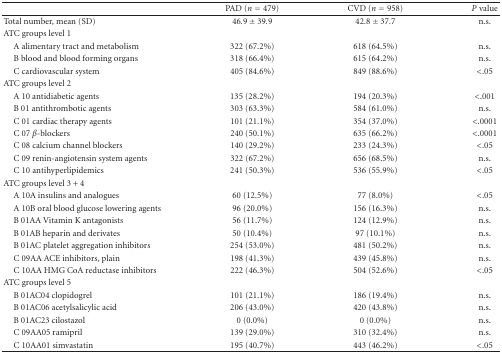
<table><thead><tr><td>[EMPTY_CELL]</td><td><b>PAD (<i>n</i> = 479)</b></td><td><b>CVD (<i>n</i> = 958)</b></td><td><b><i>P</i> value</b></td></tr></thead><tbody><tr><td> Total number, mean (SD)</td><td>46.9 ± 39.9</td><td>42.8 ± 37.7</td><td>n.s.</td></tr><tr><td>ATC groups level 1</td><td>[EMPTY_CELL]</td><td>[EMPTY_CELL]</td><td>[EMPTY_CELL]</td></tr><tr><td> A alimentary tract and metabolism</td><td>322 (67.2%)</td><td>618 (64.5%)</td><td>n.s.</td></tr><tr><td> B blood and blood forming organs</td><td>318 (66.4%)</td><td>615 (64.2%)</td><td>n.s.</td></tr><tr><td> C cardiovascular system</td><td>405 (84.6%)</td><td>849 (88.6%)</td><td>&lt;.05</td></tr><tr><td>ATC groups level 2</td><td>[EMPTY_CELL]</td><td>[EMPTY_CELL]</td><td>[EMPTY_CELL]</td></tr><tr><td> A 10 antidiabetic agents</td><td>135 (28.2%)</td><td>194 (20.3%)</td><td>&lt;.001</td></tr><tr><td> B 01 antithrombotic agents</td><td>303 (63.3%)</td><td>584 (61.0%)</td><td>n.s.</td></tr><tr><td> C 01 cardiac therapy agents</td><td>101 (21.1%)</td><td>354 (37.0%)</td><td>&lt;.0001</td></tr><tr><td> C 07 <i>β</i>-blockers</td><td>240 (50.1%)</td><td>635 (66.2%)</td><td>&lt;.0001</td></tr><tr><td> C 08 calcium channel blockers</td><td>140 (29.2%)</td><td>233 (24.3%)</td><td>&lt;.05</td></tr><tr><td> C 09 renin-angiotensin system agents</td><td>322 (67.2%)</td><td>656 (68.5%)</td><td>n.s.</td></tr><tr><td> C 10 antihyperlipidemics</td><td>241 (50.3%)</td><td>536 (55.9%)</td><td>&lt;.05</td></tr><tr><td>ATC groups level 3 + 4</td><td>[EMPTY_CELL]</td><td>[EMPTY_CELL]</td><td>[EMPTY_CELL]</td></tr><tr><td> A 10A insulins and analogues</td><td>60 (12.5%)</td><td>77 (8.0%)</td><td>&lt;.05</td></tr><tr><td> A 10B oral blood glucose lowering agents</td><td>96 (20.0%)</td><td>156 (16.3%)</td><td>n.s.</td></tr><tr><td> B 01AA Vitamin K antagonists</td><td>56 (11.7%)</td><td>124 (12.9%)</td><td>n.s.</td></tr><tr><td> B 01AB heparin and derivates</td><td>50 (10.4%)</td><td>97 (10.1%)</td><td>n.s.</td></tr><tr><td> B 01AC platelet aggregation inhibitors</td><td>254 (53.0%)</td><td>481 (50.2%)</td><td>n.s.</td></tr><tr><td> C 09AA ACE inhibitors, plain</td><td>198 (41.3%)</td><td>439 (45.8%)</td><td>n.s.</td></tr><tr><td> C 10AA HMG CoA reductase inhibitors</td><td>222 (46.3%)</td><td>504 (52.6%)</td><td>&lt;.05</td></tr><tr><td>ATC groups level 5</td><td>[EMPTY_CELL]</td><td>[EMPTY_CELL]</td><td>[EMPTY_CELL]</td></tr><tr><td> B 01AC04 clopidogrel</td><td>101 (21.1%)</td><td>186 (19.4%)</td><td>n.s.</td></tr><tr><td> B 01AC06 acetylsalicylic acid</td><td>206 (43.0%)</td><td>420 (43.8%)</td><td>n.s.</td></tr><tr><td> B 01AC23 cilostazol</td><td>0 (0.0%)</td><td>0 (0.0%)</td><td>n.s.</td></tr><tr><td> C 09AA05 ramipril</td><td>139 (29.0%)</td><td>310 (32.4%)</td><td>n.s.</td></tr><tr><td> C 10AA01 simvastatin</td><td>195 (40.7%)</td><td>443 (46.2%)</td><td>&lt;.05</td></tr></tbody></table>